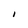
Character: I